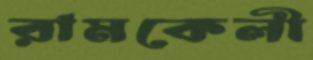
রামকেলী